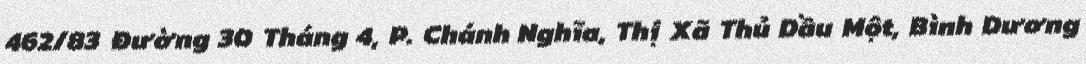
462/83 Đường 30 Tháng 4, P. Chánh Nghĩa, Thị Xã Thủ Dầu Một, Bình Dương